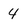
Character: 4